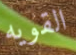
القويه